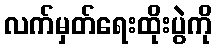
လက်မှတ်ရေးထိုးပွဲကို